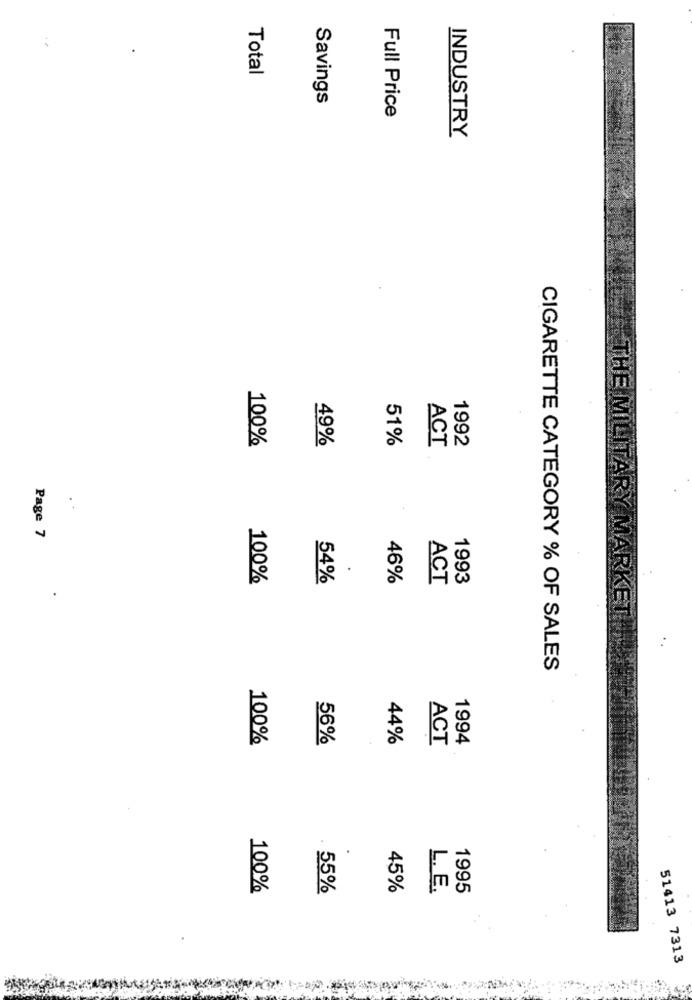
Total
Savings
Full Price
INDUSTRY
THE
100%
51%
ACT
1992
49%
Page 7
.
100%
54%
46%
ACT
1993
CIGARETTE CATEGORY % OF SALES
100%
56%
44%
ACT
1994
100%
55%
45%
L. E.
1995
51413 7313